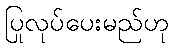
ပြုလုပ်ပေးမည်ဟု